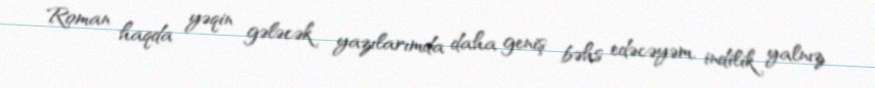
Roman haqda yəqin gələcək yazılarımda daha geniş bəhs edəcəyəm, indilik yalnız